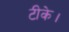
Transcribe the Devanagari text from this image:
टीके।